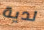
لدية